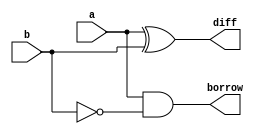
`timescale 1ns/1ps
module half_subtractor_dataflow (
  input a,    // Input 'a'
  input b,    // Input 'b'
  output diff,   // Output 'diff' (Difference)
  output borrow // Output 'borrow'
);

  assign diff = a ^ b;  // Dataflow expression for difference
  assign borrow = a & ~b;  // Dataflow expression for borrow

endmodule